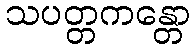
သပတ္တကန္တော